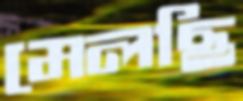
মেলছি